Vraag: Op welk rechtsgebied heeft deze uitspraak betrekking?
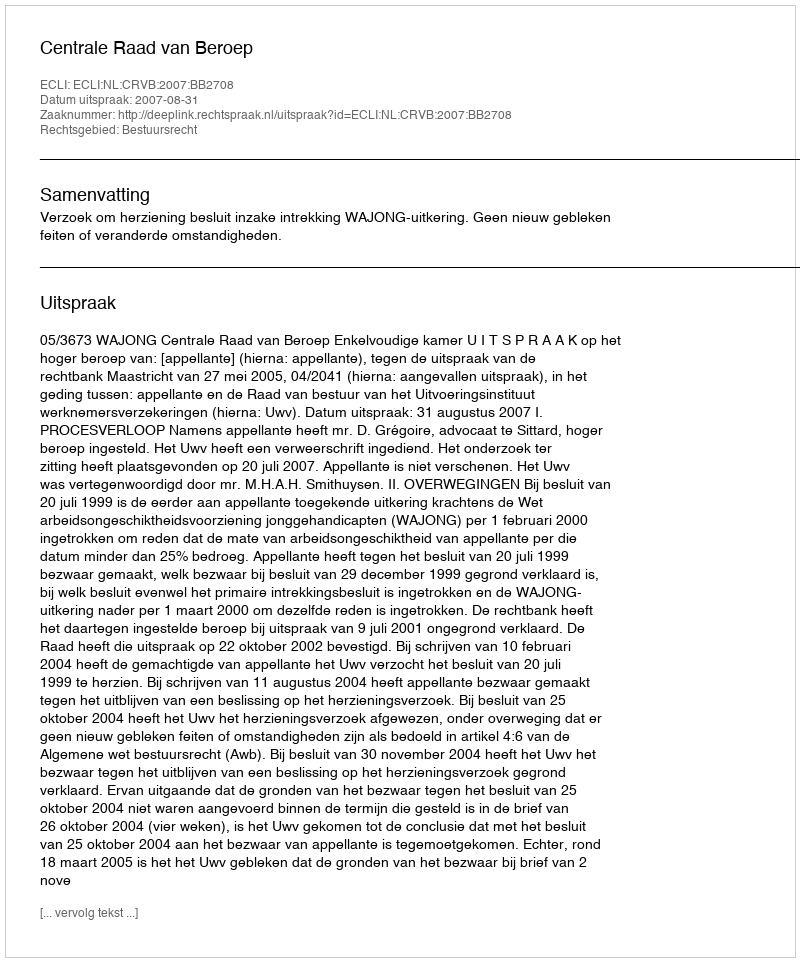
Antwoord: Bestuursrecht